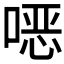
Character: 𫫇